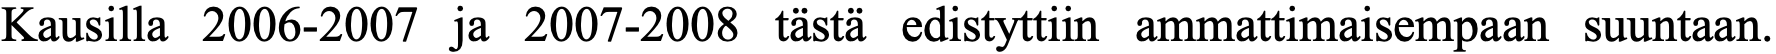
Kausilla 2006-2007 ja 2007-2008 tästä edistyttiin ammattimaisempaan suuntaan.